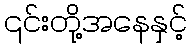
၎င်းတို့အနေနှင့်